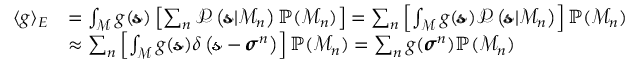
\begin{array} { r l } { \langle g \rangle _ { E } } & { = \int _ { \mathcal { M } } g ( \pmb { \mathscr { s } } ) \left[ \sum _ { n } \mathcal { P } \left( \pmb { \mathscr { s } } | \mathcal { M } _ { n } \right) \mathbb { P } ( \mathcal { M } _ { n } ) \right] = \sum _ { n } \left[ \int _ { \mathcal { M } } g ( \pmb { \mathscr { s } } ) \mathcal { P } \left( \pmb { \mathscr { s } } | \mathcal { M } _ { n } \right) \right] \mathbb { P } ( \mathcal { M } _ { n } ) } \\ & { \approx \sum _ { n } \left[ \int _ { \mathcal { M } } g ( \pmb { \mathscr { s } } ) \delta \left( \pmb { \mathscr { s } } - \pmb { \sigma } ^ { n } \right) \right] \mathbb { P } ( \mathcal { M } _ { n } ) = \sum _ { n } g ( \pmb { \sigma } ^ { n } ) \mathbb { P } ( \mathcal { M } _ { n } ) } \end{array}